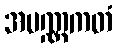
အပဏ္ဏကတံ